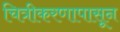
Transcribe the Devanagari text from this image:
चित्रीकरणापासून